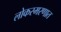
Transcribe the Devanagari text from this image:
लोकस्मरणात